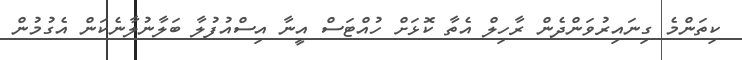
ކިތަންމެ ގިނައިރުވަންދެން ރާހިލް އެތާ ކޮޅަށް ހުއްޓަސް އީނާ އިސްއުފުލާ ބަލާނުލާނެކަން އެގުމުން